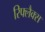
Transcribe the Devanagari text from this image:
रिफ्लैक्स